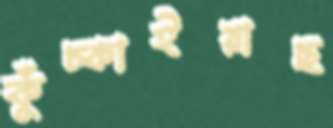
কুঁচ্‌কাইয়াছ